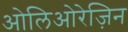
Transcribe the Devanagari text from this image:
ओलिओरेज़िन